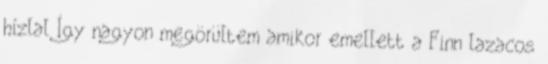
hízlal Így nagyon megörültem amikor emellett a Finn lazacos